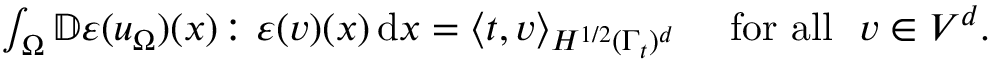
\begin{array} { r } { \int _ { \Omega } \mathbb { D } { \boldsymbol \varepsilon } ( { \boldsymbol u } _ { \Omega } ) ( x ) \colon { \boldsymbol \varepsilon } ( { \boldsymbol v } ) ( x ) \, \mathrm { d } x = \langle \boldsymbol { t } , \boldsymbol { v } \rangle _ { H ^ { 1 / 2 } ( \Gamma _ { t } ) ^ { d } } \quad \mathrm { ~ f o r ~ a l l ~ } \ \boldsymbol { v } \in V ^ { d } . } \end{array}